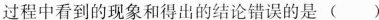
过程中看到的现象和得出的结论错误的是()